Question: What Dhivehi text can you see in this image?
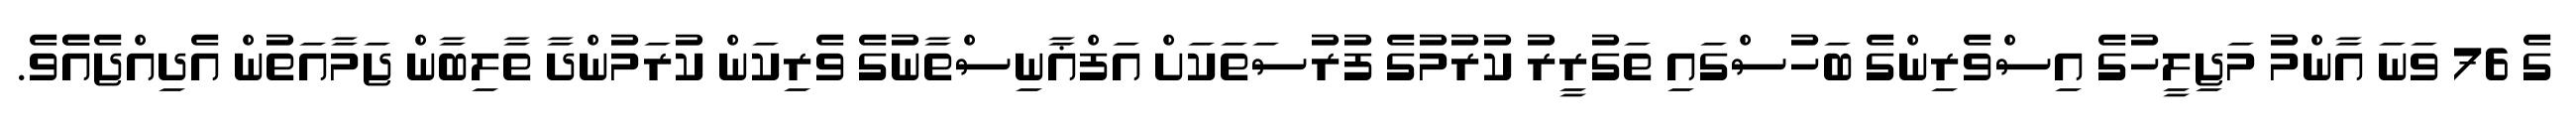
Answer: ގެ 76 ވަނަ އާންމު މަޖިލީހުގެ އިސްވެރިންގެ ބަހުސްގައި ތަގުރީރު ކުރުމުގެ ފުރުސަތަކަށް އަފްޣާނިސްތާނުގެ ވެރިކަން ކުރަމުންދާ ތާލިބާން ޖަމާއަތުން އެދިއްޖެއެެވެ.